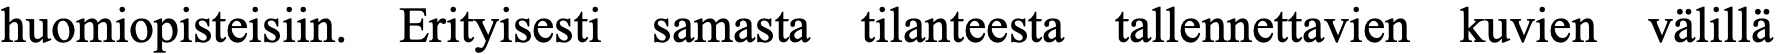
huomiopisteisiin. Erityisesti samasta tilanteesta tallennettavien kuvien välillä